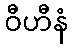
ဝီဟီနံ